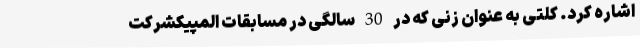
اشاره کرد. کلتی به عنوان زنی که در 30 سالگی در مسابقات المپیکشرکت